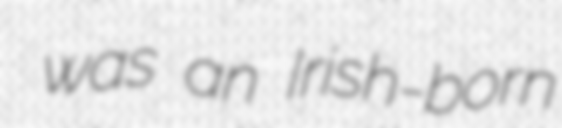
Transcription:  was an Irish-born